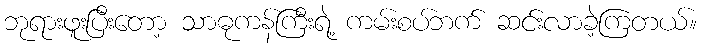
ဘုရားဖူးပြီးတော့ သာဓုကန်ကြီးရဲ့ ကမ်းစပ်ဘက် ဆင်းလာခဲ့ကြတယ်။